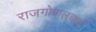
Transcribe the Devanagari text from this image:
राजगोपालचार्य